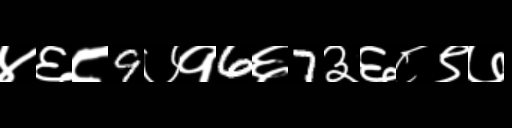
Text: ४६८9७१6६7३६८९७